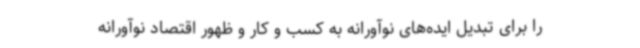
را برای تبدیل ایده‌های نوآورانه به کسب و کار و ظهور اقتصاد نوآورانه